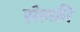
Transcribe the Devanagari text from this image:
सेल्फ़ी